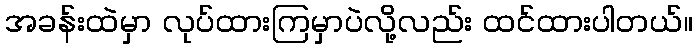
အခန်းထဲမှာ လုပ်ထားကြမှာပဲလို့လည်း ထင်ထားပါတယ်။